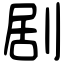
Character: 剧